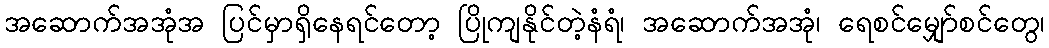
အဆောက်အအုံအ ပြင်မှာရှိနေရင်တော့ ပြိုကျနိုင်တဲ့နံရံ၊ အဆောက်အအုံ၊ ရေစင်မျှော်စင်တွေ၊